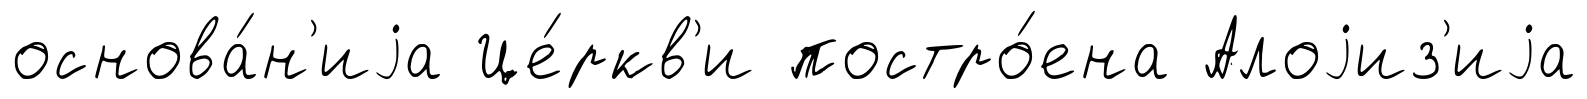
основа́н'иjа Це́ркв'и постро́ена Алоjиз'иjа